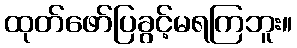
ထုတ်ဖော်ပြခွင့်မရကြဘူး။